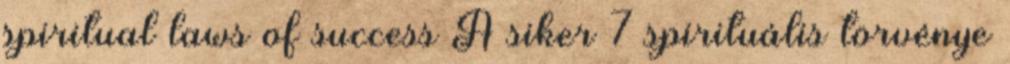
spiritual laws of success A siker 7 spirituális törvénye